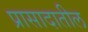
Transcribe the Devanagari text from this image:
प्रासादातील